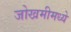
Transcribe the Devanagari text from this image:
जोखमीमध्ये